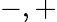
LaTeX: -,+